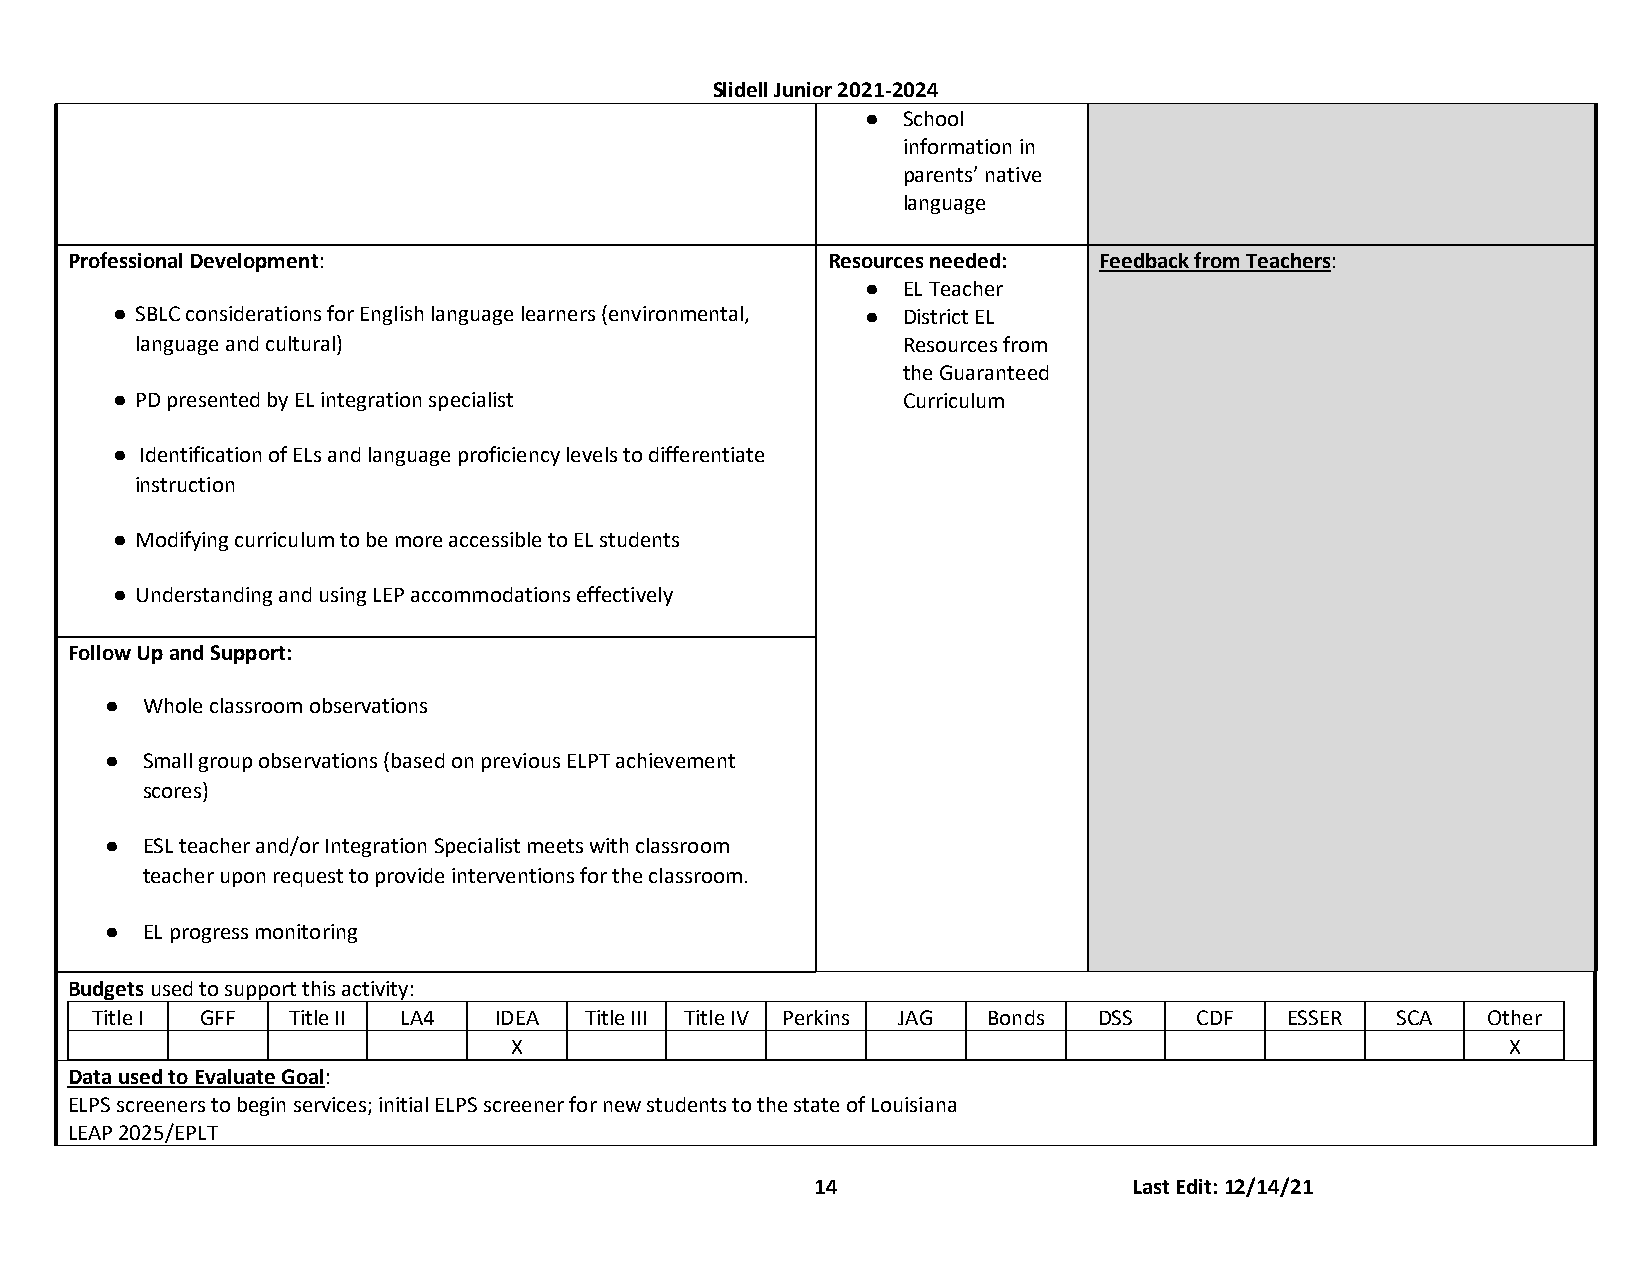
Slidell Junior 2021-2024
 ●  School
 information in
 parents’ native
 language
 Professional Development:                          Resources needed: Feedback from Teachers:
 ●  EL Teacher
 ● SBLC considerations for English language learners (environmental, ● District EL
 language and cultural)                             Resources from
 the Guaranteed
 ● PD presented by EL integration specialist          Curriculum
 ● Identification of ELs and language proficiency levels to differentiate
 instruction
 ● Modifying curriculum to be more accessible to EL students
 ● Understanding and using LEP accommodations effectively
 Follow Up and Support:
 ● Whole classroom observations
 ● Small group observations (based on previous ELPT achievement
 scores)
 ● ESL teacher and/or Integration Specialist meets with classroom
 teacher upon request to provide interventions for the classroom.
 ● EL progress monitoring
 Budgets used to support this activity:
 Title I GFF  Title II LA4  IDEA  Title III Title IV Perkins JAG Bonds DSS CDF  ESSER  SCA   Other
 X                                                                 X
 Data used to Evaluate Goal:
 ELPS screeners to begin services; initial ELPS screener for new students to the state of Louisiana
 LEAP 2025/EPLT
 14                   Last Edit: 12/14/21